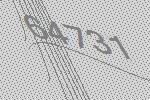
64731